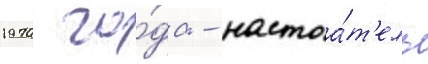
1970 го́да - настоа́т'ель